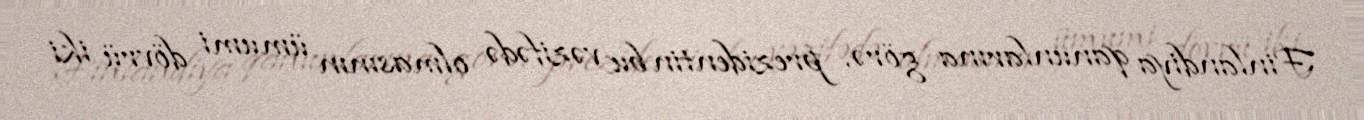
Finlandiya qanunlarına görə, prezidentin bu vəzifədə olmasının ümumi dövrü iki